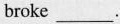
broke ___.